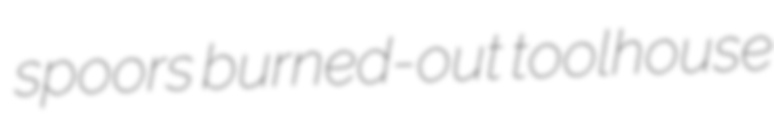
spoors burned-out toolhouse